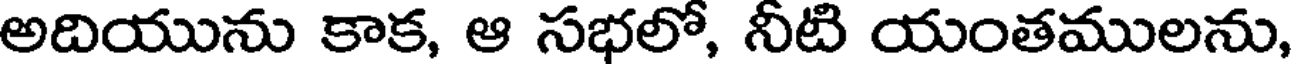
అదియును కాక, ఆ సభలో, నీటి యంతములను,